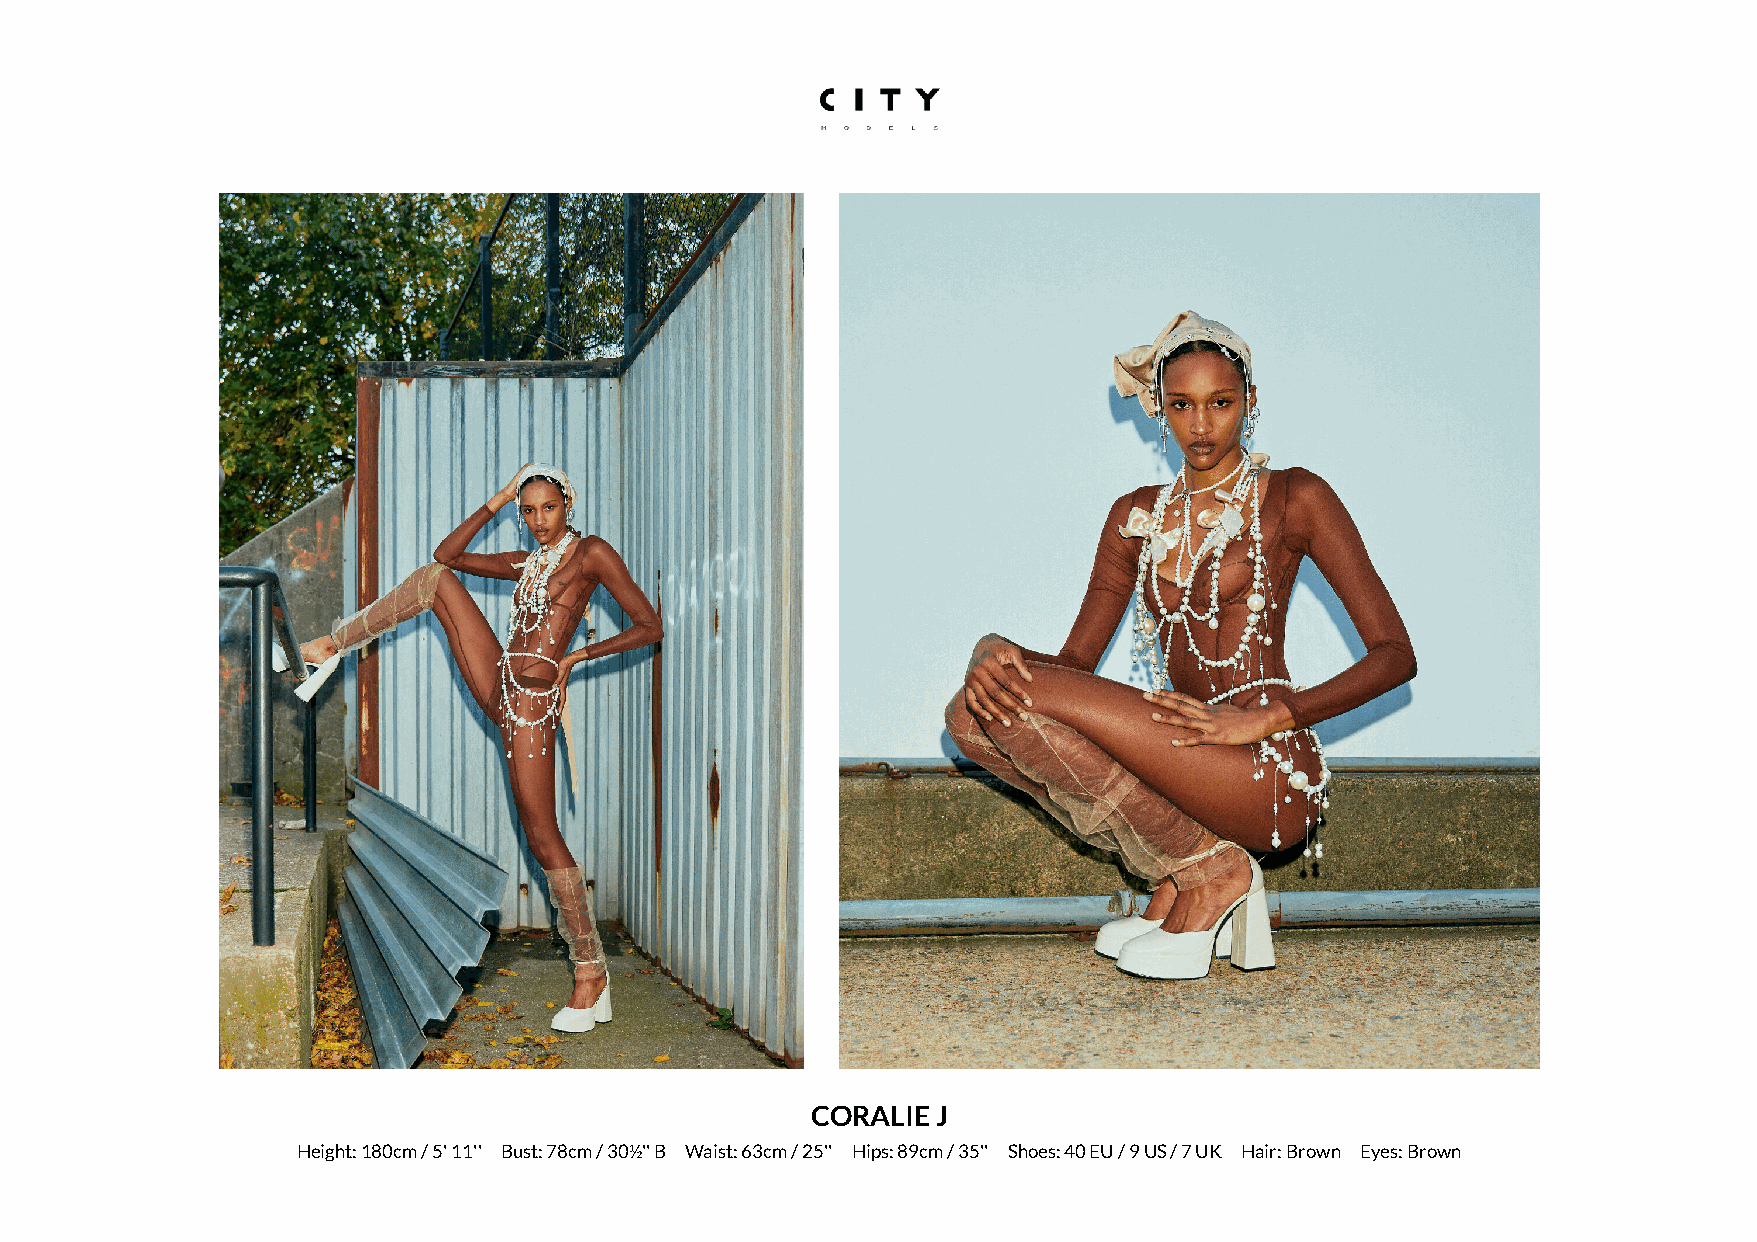
CORALIE J
 Height: 180cm / 5' 11'' Bust: 78cm / 30½'' B Waist: 63cm / 25'' Hips: 89cm / 35'' Shoes: 40 EU / 9 US / 7 UK Hair: Brown Eyes: Brown